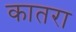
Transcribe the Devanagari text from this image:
कातरा